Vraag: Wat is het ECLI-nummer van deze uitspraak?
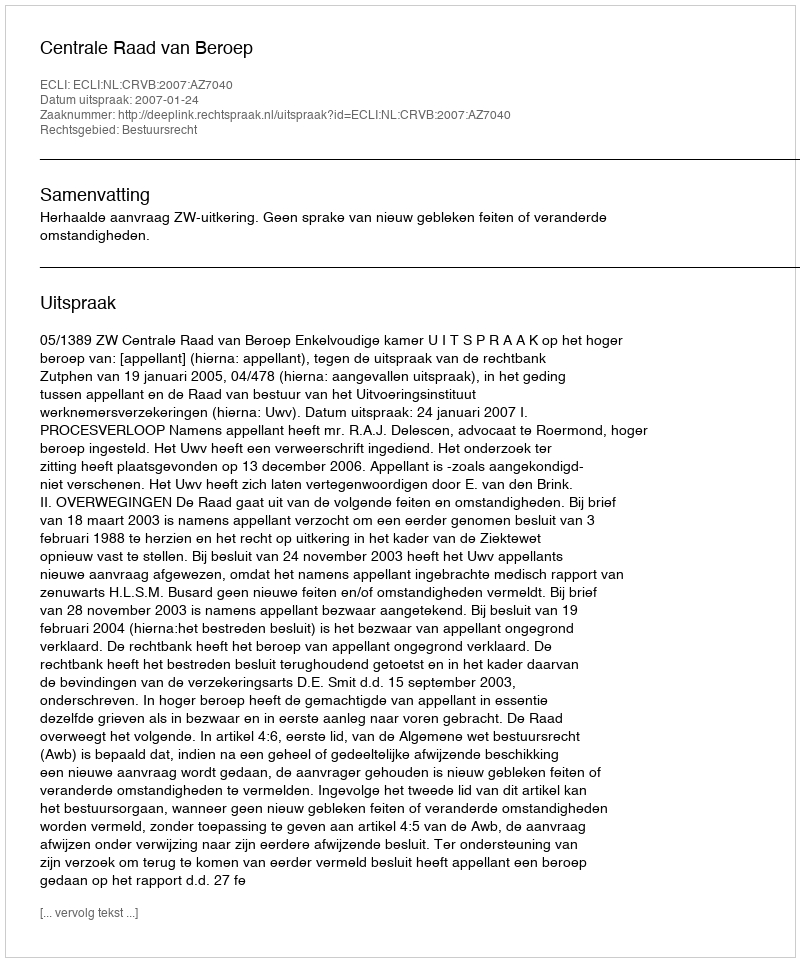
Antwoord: ECLI:NL:CRVB:2007:AZ7040